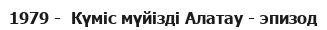
1979 -  Күміс мүйізді Алатау - эпизод